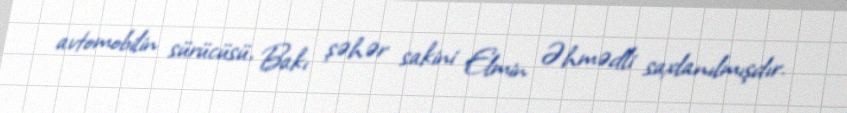
avtomobilin sürücüsü, Bakı şəhər sakini Elmin Əhmədli saxlanılmışdır.